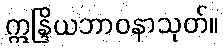
ဣန္ဒြိယဘာဝနာသုတ်။